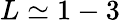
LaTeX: L\simeq 1-3